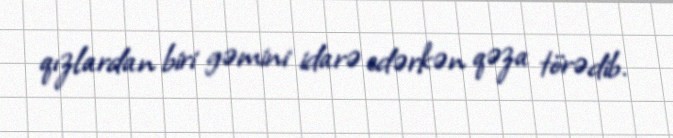
qızlardan biri gəmini idarə edərkən qəza törədib.